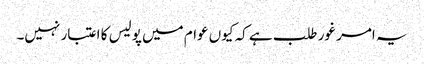
یہ امر غور طلب ہے کہ کیوں عوام میں پولیس کا اعتبار نہیں۔